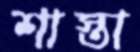
শাস্তা